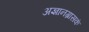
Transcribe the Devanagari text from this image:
अज्ञानग्रासकं